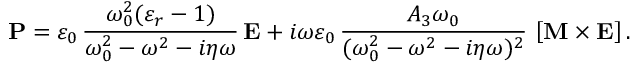
\boldsymbol { \mathbf { P } } = \varepsilon _ { 0 } \, \frac { \omega _ { 0 } ^ { 2 } ( \varepsilon _ { r } - 1 ) } { \omega _ { 0 } ^ { 2 } - \omega ^ { 2 } - i \eta \omega } \, \boldsymbol { \mathbf { E } } + i \omega \varepsilon _ { 0 } \, \frac { A _ { 3 } \omega _ { 0 } } { ( \omega _ { 0 } ^ { 2 } - \omega ^ { 2 } - i \eta \omega ) ^ { 2 } } \, \left[ \boldsymbol { \boldsymbol { \mathbf { M } } } \times \boldsymbol { \mathbf { E } } \right] .